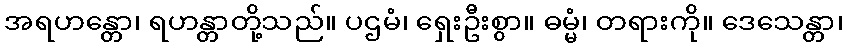
အရဟန္တော၊ ရဟန္တာတို့သည်။ ပဌမံ၊ ရှေးဦးစွာ။ ဓမ္မံ၊ တရားကို။ ဒေသေန္တာ၊